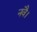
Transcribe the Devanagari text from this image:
नवै।